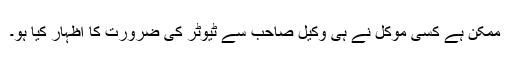
ممکن ہے کسی موکل نے ہی وکیل صاحب سے ٹیوٹر کی ضرورت کا اظہار کیا ہو۔